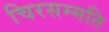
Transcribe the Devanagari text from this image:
चिरसम्मति